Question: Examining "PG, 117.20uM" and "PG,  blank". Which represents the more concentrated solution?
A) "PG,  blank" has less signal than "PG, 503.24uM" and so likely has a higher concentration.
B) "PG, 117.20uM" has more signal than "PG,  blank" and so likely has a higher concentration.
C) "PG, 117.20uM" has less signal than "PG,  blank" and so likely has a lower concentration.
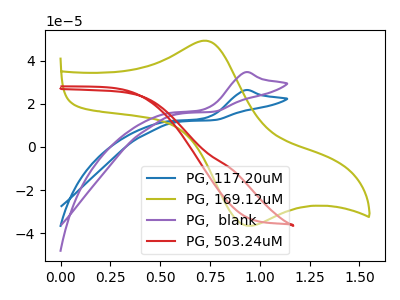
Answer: <think>The blue curve "PG, 117.20uM" has an anodic peak at: (0.95V, 26.30uA). The olive curve "PG, 169.12uM" has an anodic peak at (0.70V, 49.25uA) and a cathodic peak at (0.90V, -36.20uA). The purple curve "PG,  blank" has an anodic peak at: (0.95V, 34.60uA). The red curve "PG, 503.24uM" has no peaks.
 All the peaks in "PG, 117.20uM" have a peak in "PG,  blank" at the same potential. Every peak in "PG, 117.20uM" is lower than every peak in "PG,  blank".</think>
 <answer>C) "PG, 117.20uM" has less signal than "PG,  blank" and so likely has a lower concentration.</answer>
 <eval>C</eval>